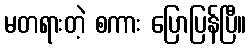
မတရားတဲ့ စကား ပြောပြန်ပြီ။